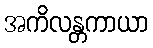
အကိလန္တကာယာ